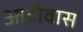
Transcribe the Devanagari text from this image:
आदीवास